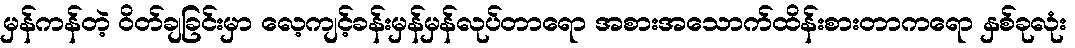
မှန်ကန်တဲ့ ဝိတ်ချခြင်းမှာ လေ့ကျင့်ခန်းမှန်မှန်လုပ်တာရော အစားအသောက်ထိန်းစားတာကရော နှစ်ခုလုံး